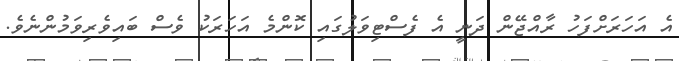
އެ އަހަރަށްފަހު ރާއްޖޭން ދަނީ އެ ފެސްޓިވަލުގައި ކޮންމެ އަހަރަކު ވެސް ބައިވެރިވަމުންނެވެ.